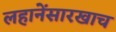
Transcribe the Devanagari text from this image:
लहानेंसारखाच